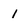
Character: 1